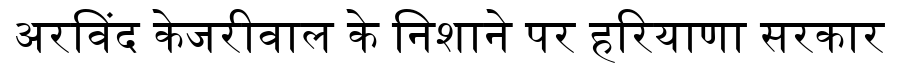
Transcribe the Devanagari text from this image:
अरविंद केजरीवाल के निशाने पर हरियाणा सरकार